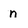
Character: n